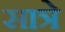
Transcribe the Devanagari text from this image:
सात्रे